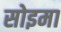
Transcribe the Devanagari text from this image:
सोइमा